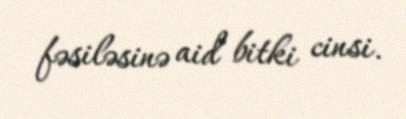
fəsiləsinə aid bitki cinsi.